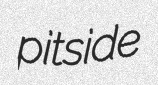
pitside